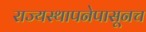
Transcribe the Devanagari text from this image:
राज्यस्थापनेपासूनच